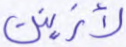
لأزينن